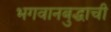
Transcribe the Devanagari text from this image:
भगवानबुद्धाची